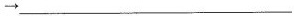
\rightarrow___